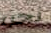
نحن